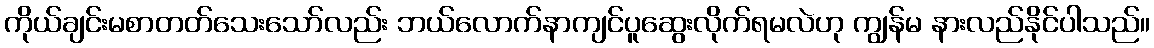
ကိုယ်ချင်းမစာတတ်သေးသော်လည်း ဘယ်လောက်နာကျင်ပူဆွေးလိုက်ရမလဲဟု ကျွန်မ နားလည်နိုင်ပါသည်။